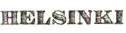
HELSINKI